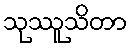
သုဿူသိတာ